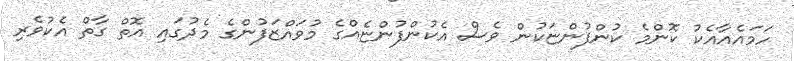
ހަމައެއާއެކު ކޮންމެ ކުންފުންޏަކުން ވެސް އެކުންފުންޏެއްގެ މުވައްޒަފުންގެ މެދުގައި އޮތް ގާތް އެކުވެރި